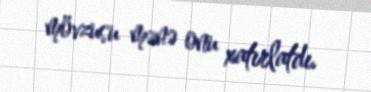
mövzusu mənə onu xatırlatdı.